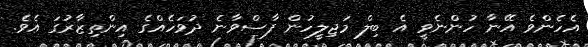
އެހެންވެ އޭނާ ހުންނެވީ އެ ބިލް މަޖިލީހުން ފާސްވާނެ ދުވަހެއްގެ އިންތިޒާރުގަ އެވެ.